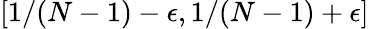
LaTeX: [1/(N-1)-\epsilon,1/(N-1)+\epsilon]